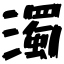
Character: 濁